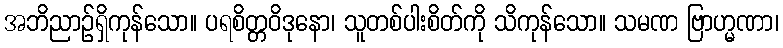
အဘိညာဉ်ရှိကုန်သော။ ပရစိတ္တဝိဒုနော၊ သူတစ်ပါးစိတ်ကို သိကုန်သော။ သမဏ ဗြာဟ္မဏာ၊